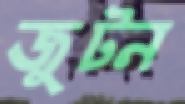
জুটন